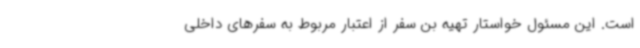
است. این مسئول خواستار تهیه بن‌ سفر از اعتبار مربوط به سفرهای داخلی